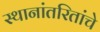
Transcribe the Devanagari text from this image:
स्थानांतरितांचे